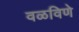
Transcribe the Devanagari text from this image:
वळविणे